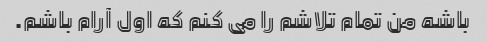
باشه من تمام تلاشم را می کنم که اول آرام باشم.